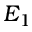
E _ { 1 }